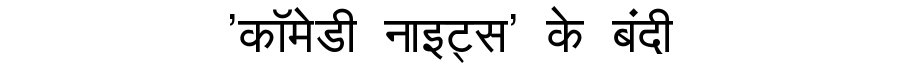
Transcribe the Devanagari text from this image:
'कॉमेडी नाइट्स' के बंदी